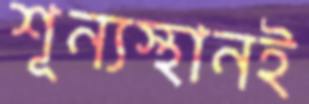
শূন্যস্থানই